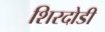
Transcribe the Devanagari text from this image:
शिरदोडी